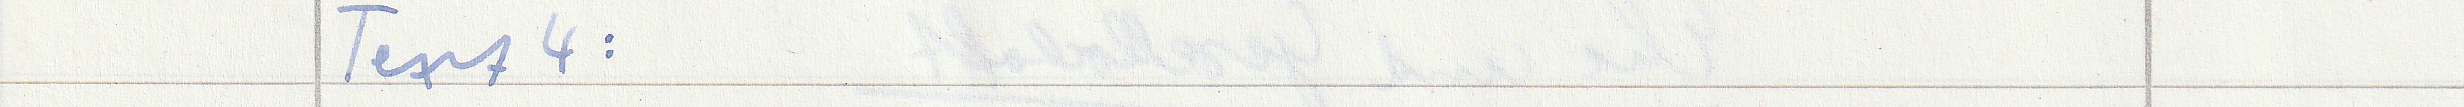
Text 4: